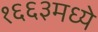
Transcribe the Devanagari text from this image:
१६६३मध्ये